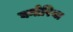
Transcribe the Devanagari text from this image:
घनोरिया